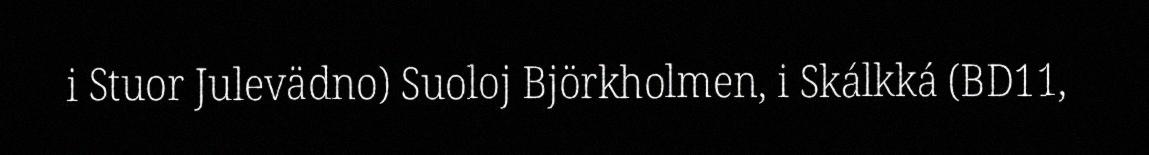
i Stuor Julevädno) Suoloj Björkholmen, i Skálkká (BD11,